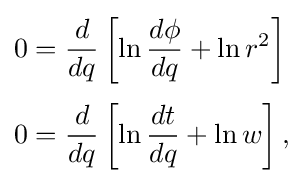
{\begin{aligned}0&={\frac {d}{dq}}\left[\ln {\frac {d\phi }{dq}}+\ln r^{2}\right]\\[3pt]0&={\frac {d}{dq}}\left[\ln {\frac {dt}{dq}}+\ln w\right],\end{aligned}}